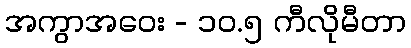
အကွာအဝေး - ၁၀.၅ ကီလိုမီတာ